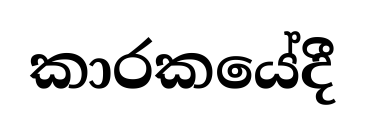
කාරකයේදී